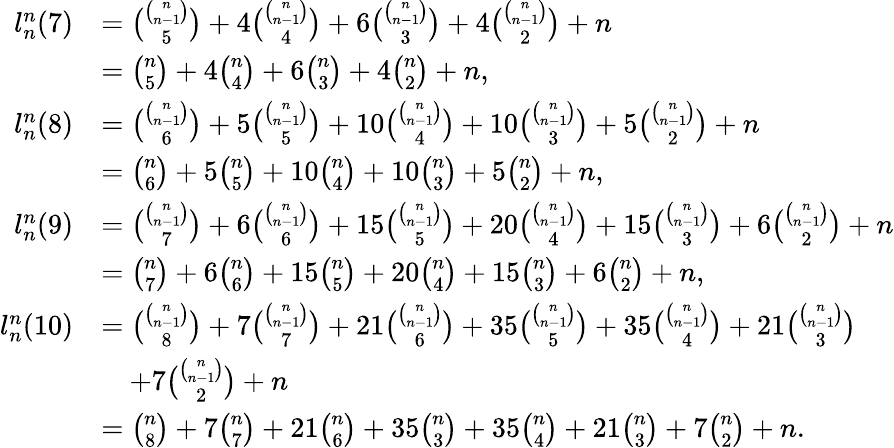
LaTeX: \begin{array}{rl}{l_{n}^{n}(7)}&{={\binom{{\binom{n}{n-1}}}{5}}+4{\binom{\binom{n}{n-1}}{4}}+6{\binom{{\binom{n}{n-1}}}{3}}+4{\binom{{\binom{n}{n-1}}}{2}}+n}\\ &{={\binom{n}{5}}+4{\binom{n}{4}}+6{\binom{n}{3}}+4{\binom{n}{2}}+n,}\\ {l_{n}^{n}(8)}&{={\binom{{\binom{n}{n-1}}}{6}}+5{\binom{{\binom{n}{n-1}}}{5}}+10{\binom{{\binom{n}{n-1}}}{4}}+10{\binom{{\binom{n}{n-1}}}{3}}+5{\binom{\binom{n}{n-1}}{2}}+n}\\ &{={\binom{n}{6}}+5{\binom{n}{5}}+10{\binom{n}{4}}+10{\binom{n}{3}}+5{\binom{n}{2}}+n,}\\ {l_{n}^{n}(9)}&{={\binom{{\binom{n}{n-1}}}{7}}+6{\binom{{\binom{n}{n-1}}}{6}}+15{\binom{{\binom{n}{n-1}}}{5}}+20{\binom{{\binom{n}{n-1}}}{4}}+15{\binom{{\binom{n}{n-1}}}{3}}+6{\binom{\binom{n}{n-1}}{2}}+n}\\ &{={\binom{n}{7}}+6{\binom{n}{6}}+15{\binom{n}{5}}+20{\binom{n}{4}}+15{\binom{n}{3}}+6{\binom{n}{2}}+n,}\\ {l_{n}^{n}(10)}&{={\binom{{\binom{n}{n-1}}}{8}}+7{\binom{{\binom{n}{n-1}}}{7}}+21{\binom{{\binom{n}{n-1}}}{6}}+35{\binom{{\binom{n}{n-1}}}{5}}+35{\binom{{\binom{n}{n-1}}}{4}}+21{\binom{{\binom{n}{n-1}}}{3}}}\\ &{\quad+7{\binom{\binom{n}{n-1}}{2}}+n}\\ &{={\binom{n}{8}}+7{\binom{n}{7}}+21{\binom{n}{6}}+35{\binom{n}{3}}+35{\binom{n}{4}}+21{\binom{n}{3}}+7{\binom{n}{2}}+n.}\end{array}